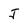
Character: j